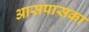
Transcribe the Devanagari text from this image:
आसपासका